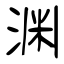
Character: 渊